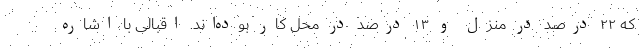
که ۲۲ درصد در منزل و ۱۳ درصد در محل کار بوده‌اند. اقبالی با اشاره